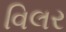
વિલર